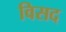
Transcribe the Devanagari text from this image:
विसद